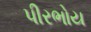
પીરભોય